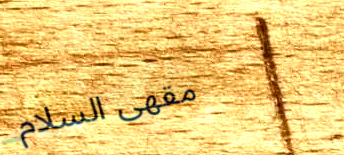
مقهى السلام